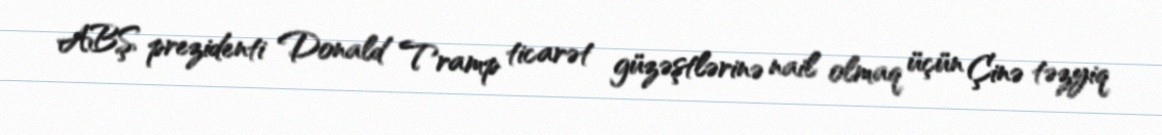
ABŞ prezidenti Donald Tramp ticarət güzəştlərinə nail olmaq üçün Çinə təzyiq